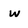
Character: w